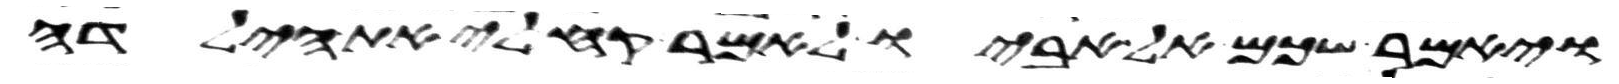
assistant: ויאמר שכם אל אביו לאמר קח לי את הילדה